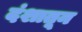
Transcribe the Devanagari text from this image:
दंशातून